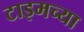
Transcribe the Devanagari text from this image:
टाइमच्या